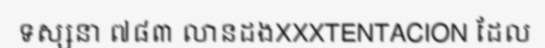
ទស្សនា ៧៨៣ លានដងXXXTENTACION ដែល